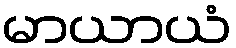
မာယာယံ